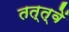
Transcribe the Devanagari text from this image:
तत्त्वें